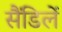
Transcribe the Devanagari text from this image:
सैंडिलें